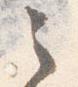
之